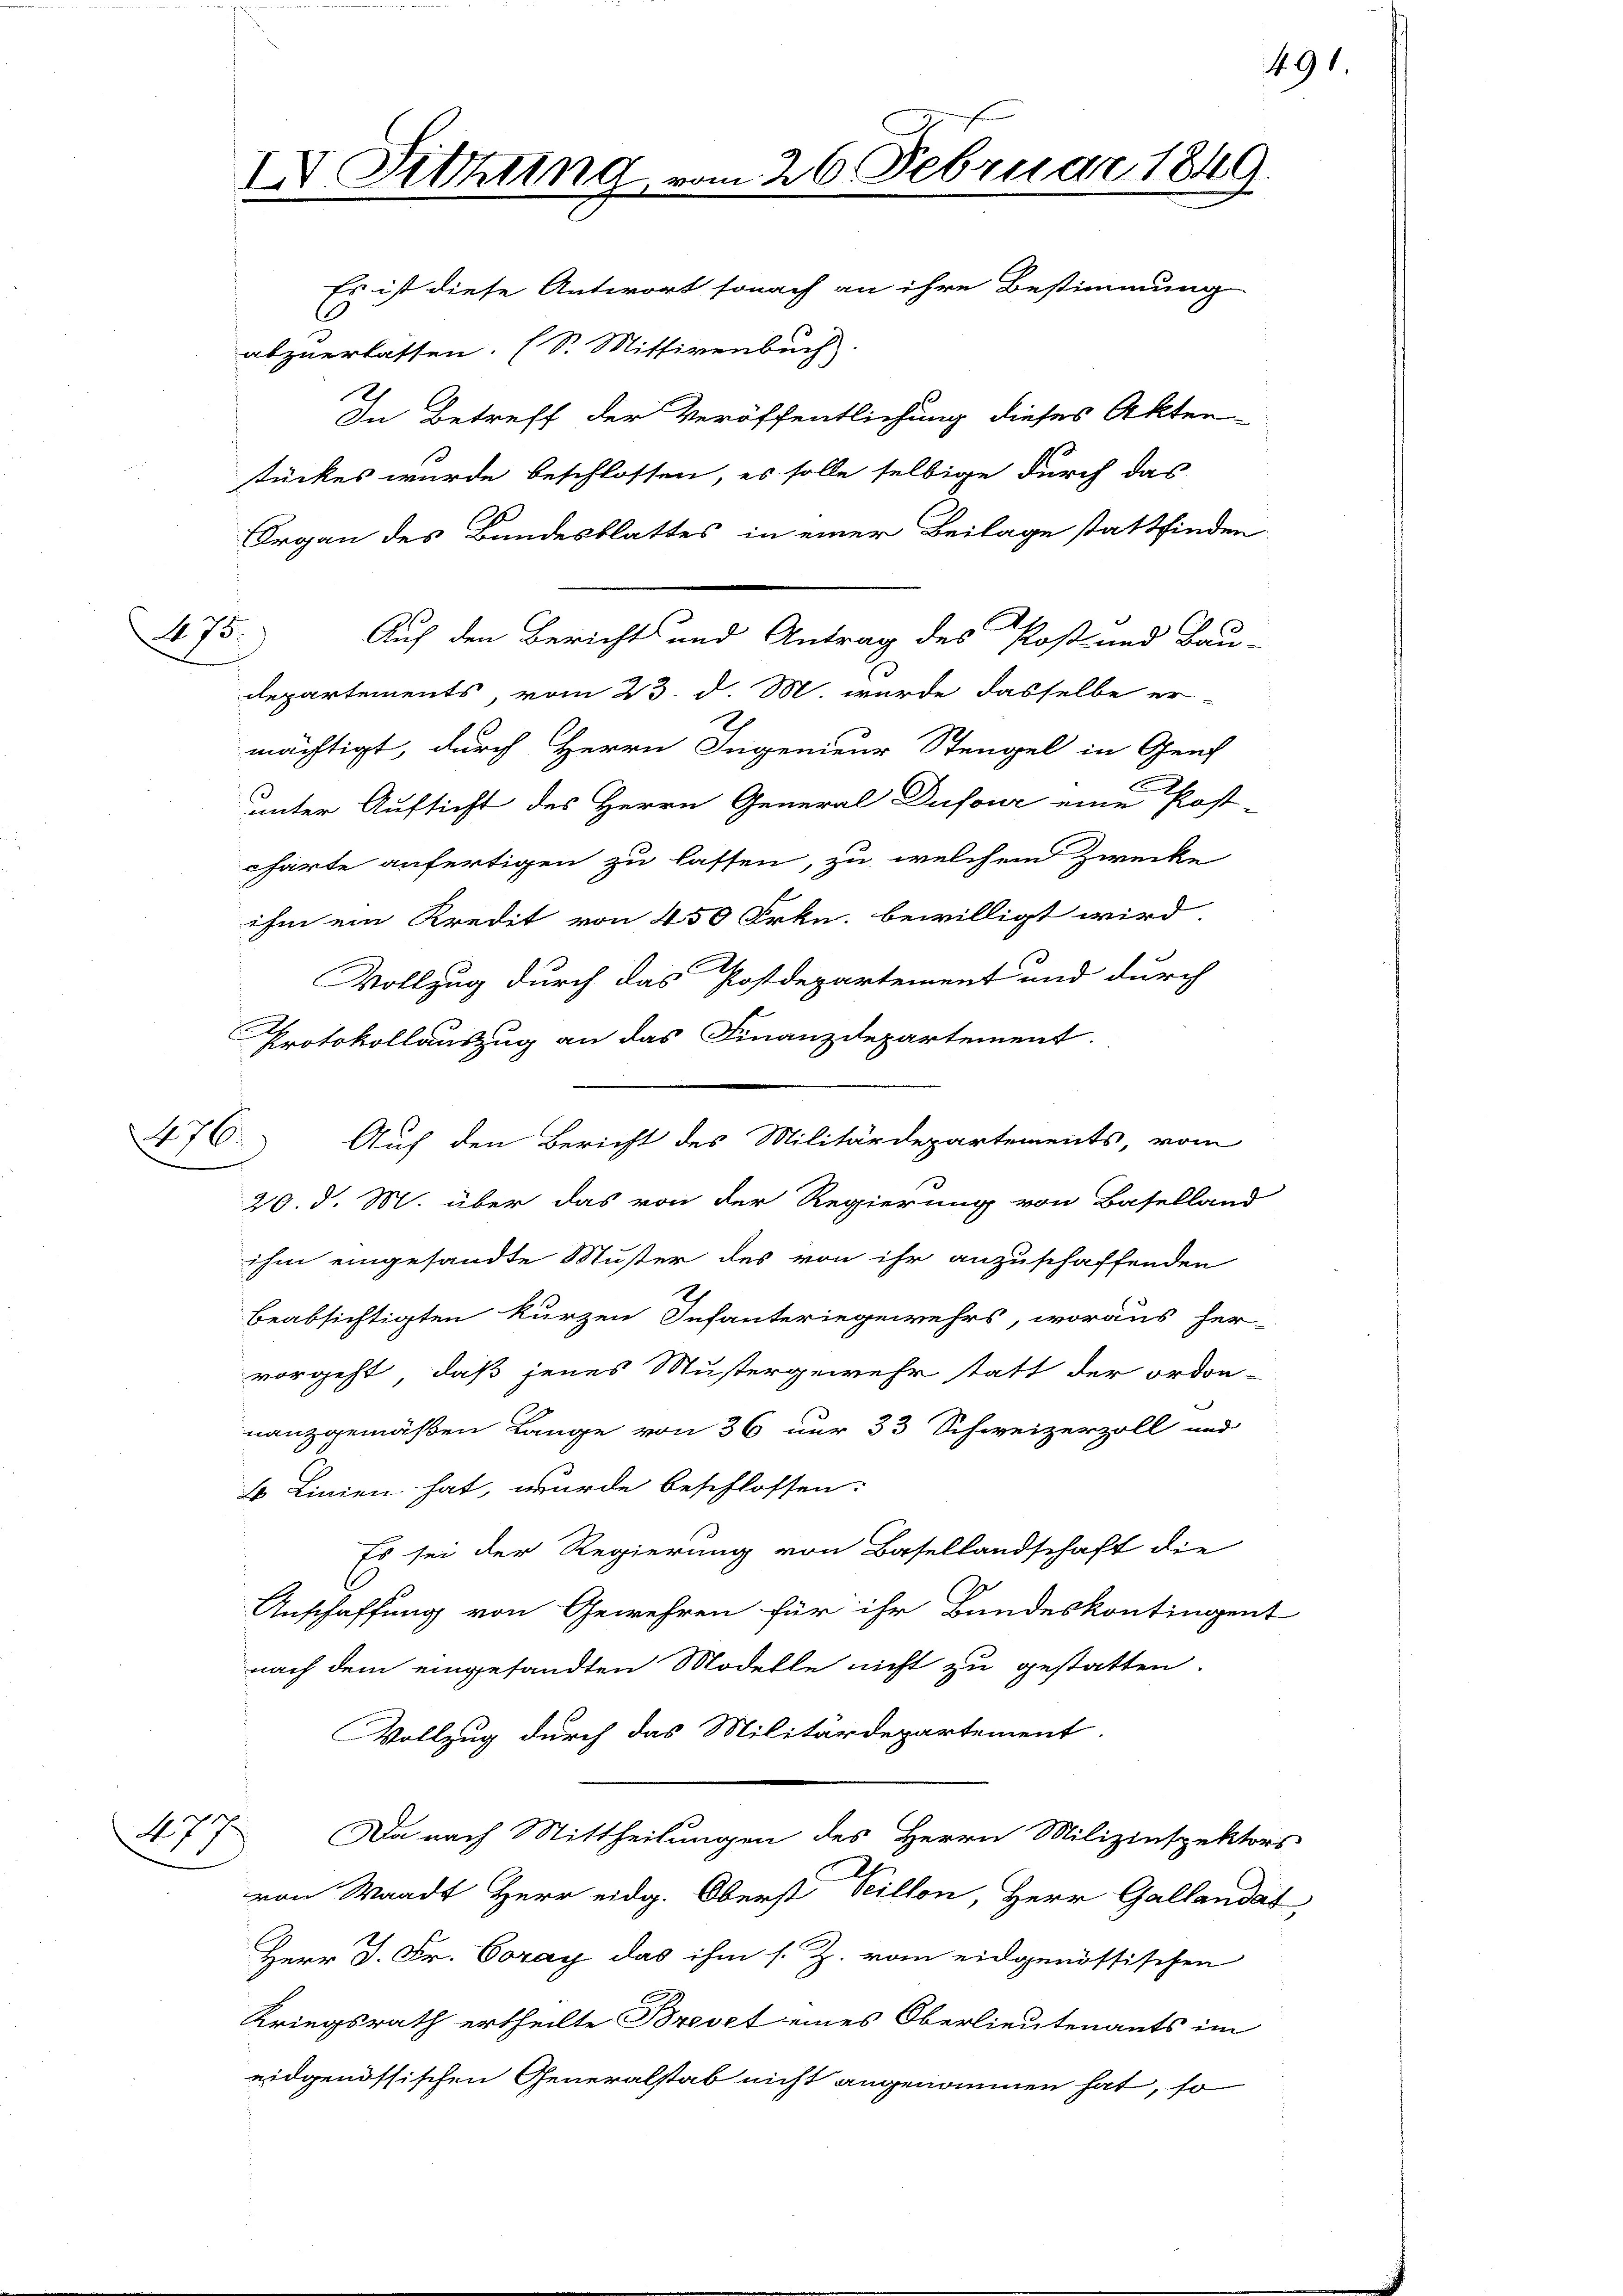
25.

176.

stückes wurde beschlossen, es solle selbige durch das
Organ des Bundesblattes in einer Beilage stattfinden
h
Auf den Berichts und Antrag des Post- und Bau-
departements, vom 23. d. M. wurde dasselbe er
mächtigt, durch Herrn Ingenieur Stengel in Genf
unter Aufsicht des Herrn General Dufour eine Post-
charte anfertigen zu lassen, zu welchem Zwecke
ihm ein Kredit von 450 Frkn. bewilligt wird
Vollzug durch das Postdepartement und durch
Protokollauszug an das Finanzdepartement.
20. d. M. über das von der Regierung von Baselland
ihm eingesandte Muster des von ihr anzuschaffenden
beabsichtigten kurzen Infanteriegewehrs, woraus her-
vorgeht, daß jenes Mustergewehr statt der ordon-
nanzgemäßen Lange von 36 nur 33 Schweizerzoll und
6 Linien hat, wurde beschlossen:
Es sei der Regierung von Basellandschaft die
Anschaffung von Gewehren für ihr Bundeskontingent
nach dem eingesandten Modelle nicht zu gestatten.
Vollzug durch das Militärdepartement.
A. 77.
Da nach Mittheilungen des Herrn Milizinspektors
2
von Waadt Herr eidg. Oberst veillon, Herr Gallandat
Herr J. Fr. Coray das ihm s. Z. vom eidgenössischen
Kriegsrath ertheilte Brevet eines Oberlieutenants im
eidgenössischen Generalstab nicht angenommen hat, so

IX. Sitzung vom 26. Februar 1849.
Es ist diese Antwort sonach an ihre Bestimmung
abzuerlassen. (S. Mittivenbuch
2.
In Betreff der Veröffentlichung dieses Akten-

Auf den Bericht des Militärdepartements, vom

491